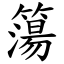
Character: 簜